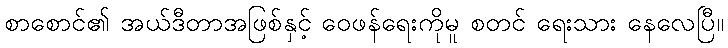
စာစောင်၏ အယ်ဒီတာအဖြစ်နှင့် ဝေဖန်ရေးကိုမူ စတင် ရေးသား နေလေပြီ။